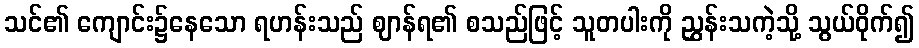
သင်၏ ကျောင်း၌နေသော ရဟန်းသည် ဈာန်ရ၏ စသည်ဖြင့် သူတပါးကို ညွှန်းသကဲ့သို့ သွယ်ဝိုက်၍